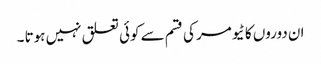
ان دوروں کا ٹیومر کی قسم سے کوئی تعلق نہیں ہوتا ۔